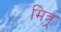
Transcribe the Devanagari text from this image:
मित्र्र